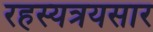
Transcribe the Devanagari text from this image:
रहस्यत्रयसार